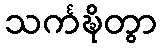
သင်္ကဍ္ဎိတွာ